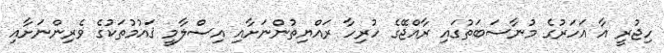
ހިޖުރީ އާ އަހަރުގެ މުނާސަބަތުގައި ރާއްޖޭގެ ހުރިހާ ރައްޔިތުންނަށާއި އިސްލާމީ ޤައުމުތަކުގެ ވެރިންނަށާއި